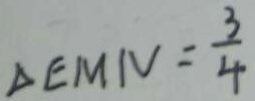
\Delta E M N = \frac { 3 } { 4 }